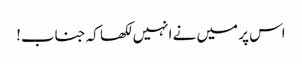
اس پر میں نے انہیں لکھا کہ جناب!